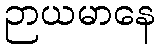
ဉာယမာနေ